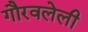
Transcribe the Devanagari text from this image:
गौरवलेली